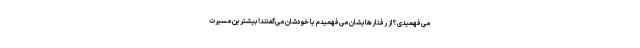
می‌فهمیدی؟ از رفتارهایشان می‌فهمیدم یا خودشان می‌گفتند! بیشترین مسیرت